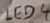
Text: LED4